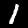
Digit: 1